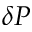
\delta P